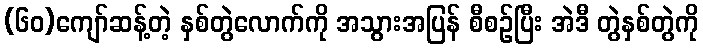
(၆၀)ကျော်ဆန့်တဲ့ နှစ်တွဲလောက်ကို အသွားအပြန် စီစဉ်ပြီး အဲဒီ တွဲနှစ်တွဲကို